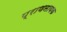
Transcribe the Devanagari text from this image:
प्राणनायक